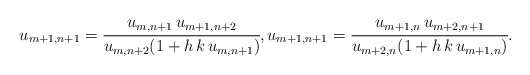
\begin{align*}u_{m+1,n+1}=\cfrac{u_{m,n+1}\,u_{m+1,n+2}}{u_{m,n+2}(1+h\,k\,u_{m,n+1})},u_{m+1,n+1}=\cfrac{u_{m+1,n}\,u_{m+2,n+1}}{u_{m+2,n}(1+h\,k\,u_{m+1,n})}.\end{align*}